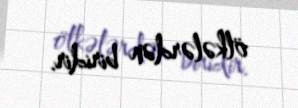
ölkələrdən biridir.